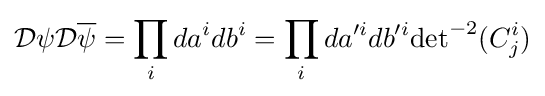
{\mathcal {D}}\psi {\mathcal {D}}{\overline {\psi }}=\prod \limits _{i}da^{i}db^{i}=\prod \limits _{i}da^{\prime i}db^{\prime i}{\det }^{-2}(C_{j}^{i})